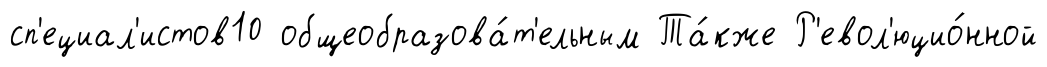
сп'ециал'истов10 общеобразова́т'ельным Та́кже Р'евол'юцио́нной